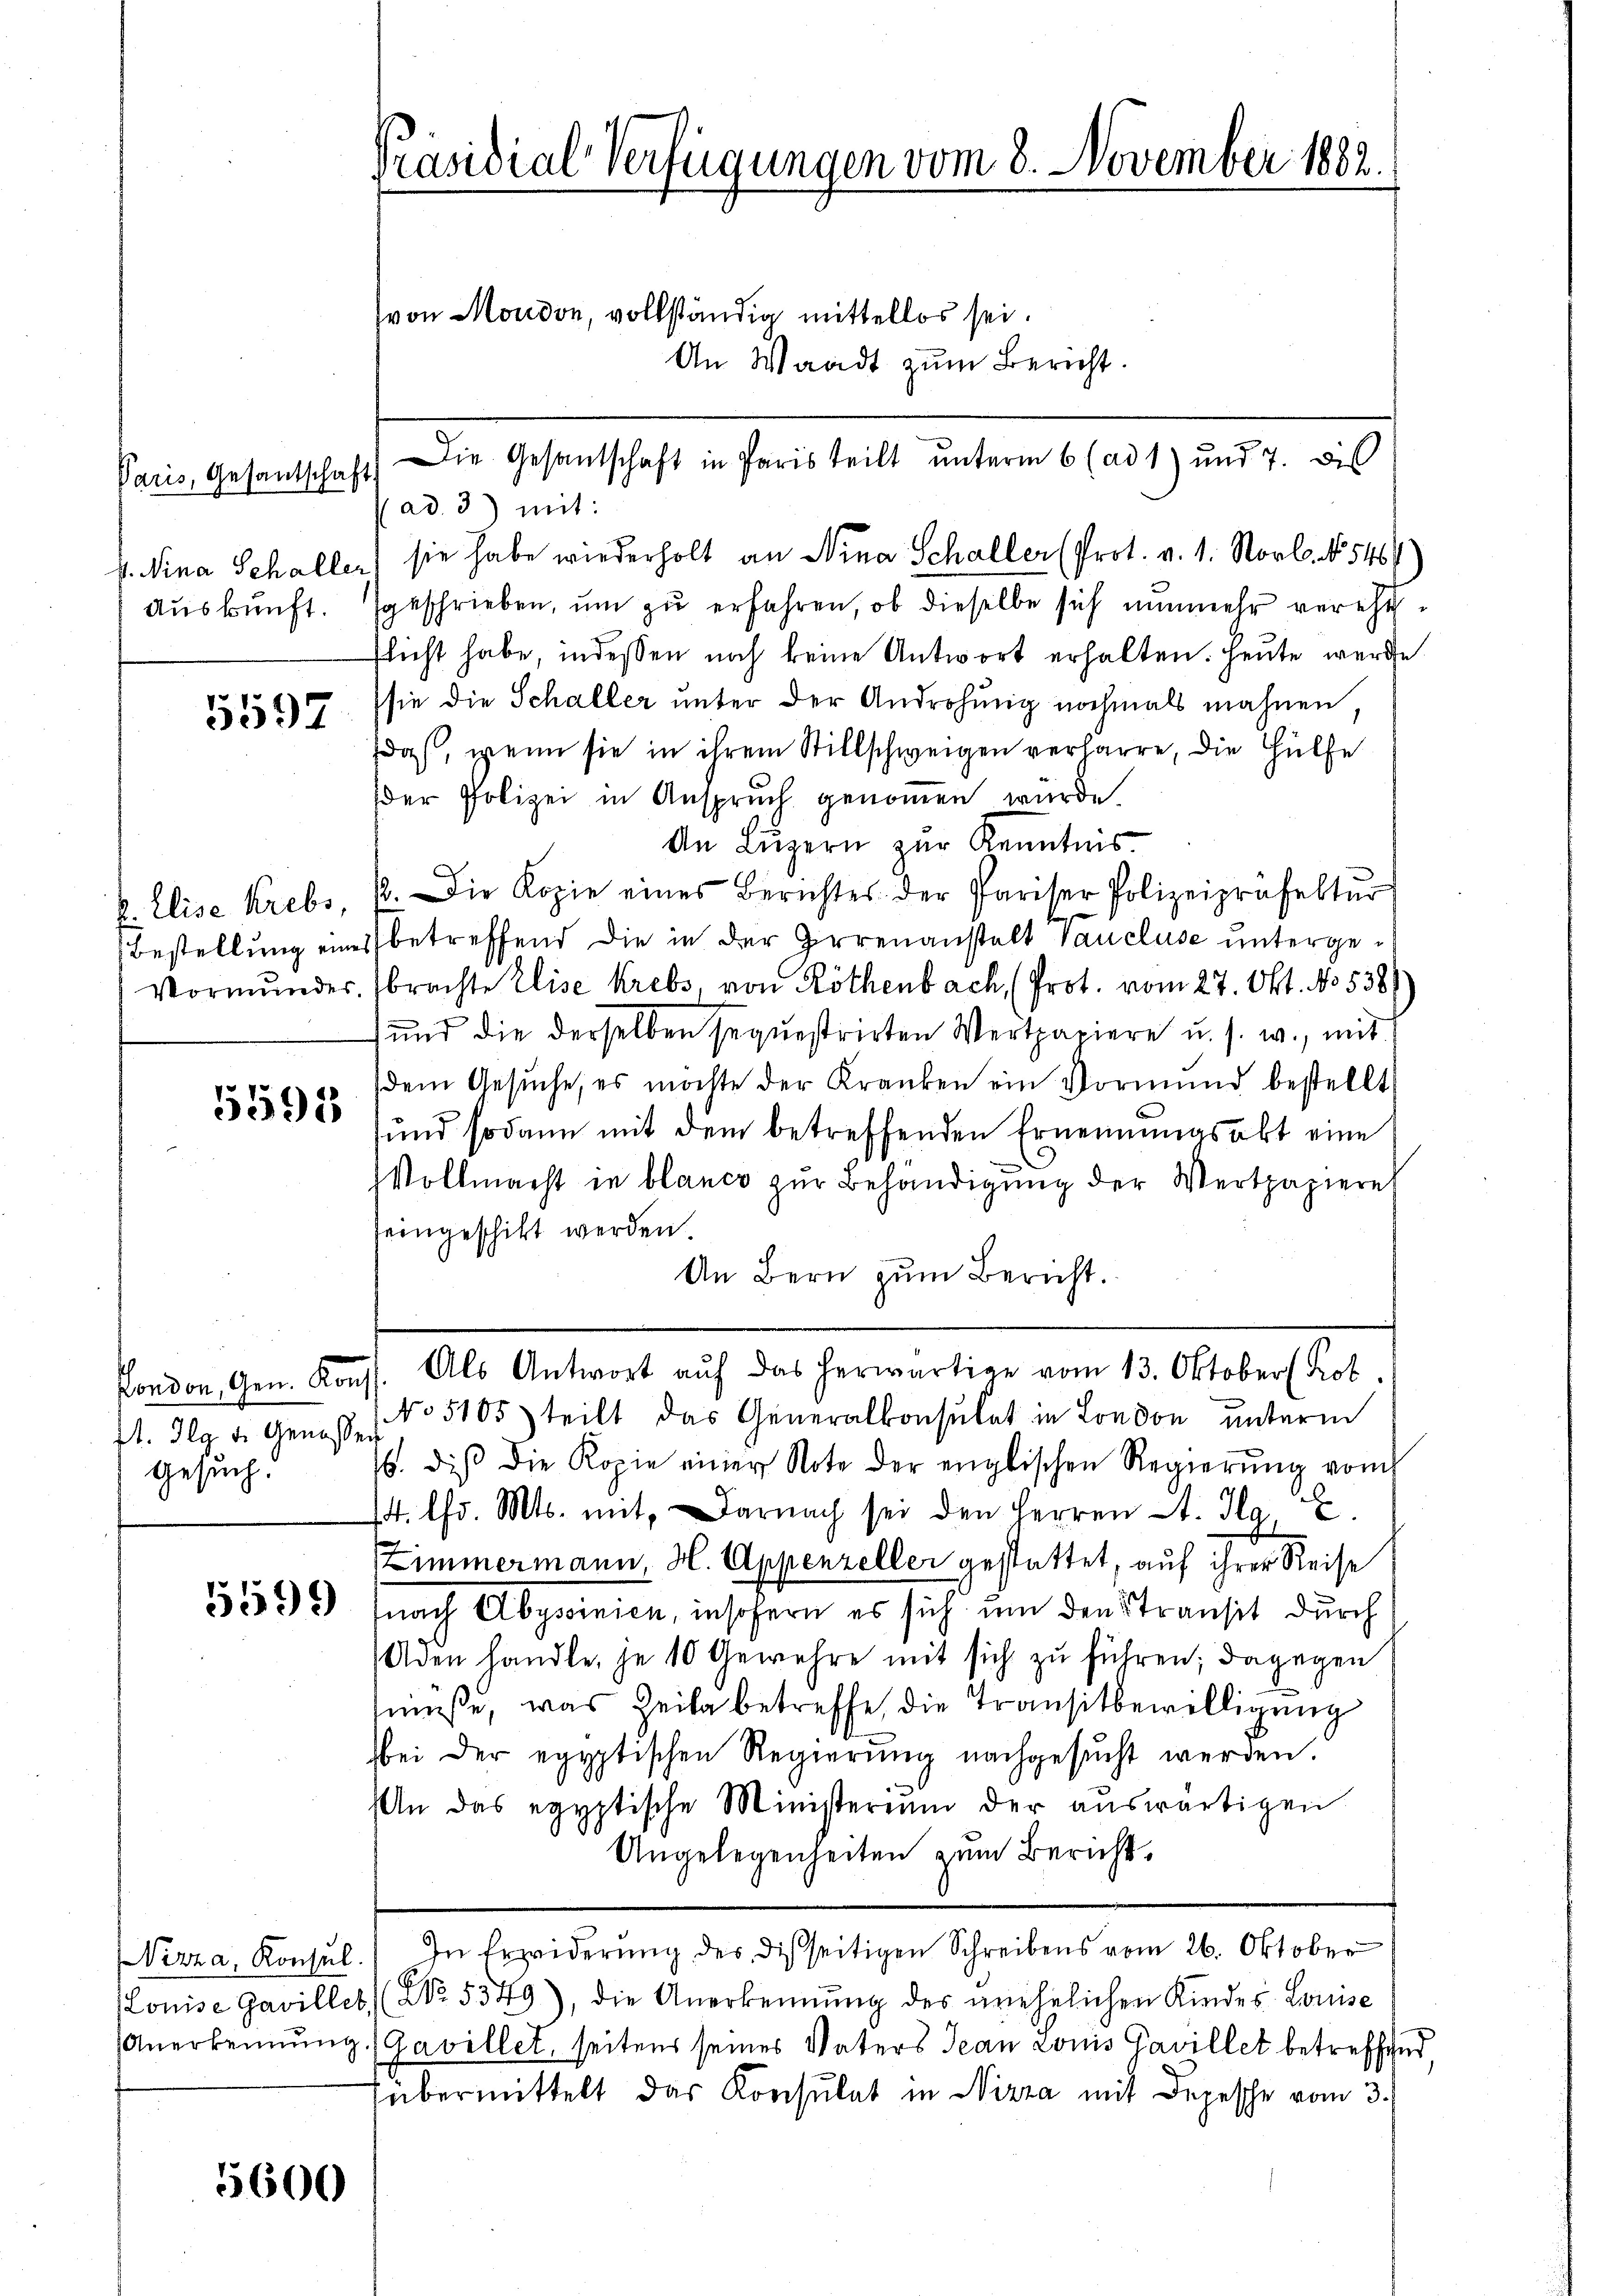
Paris, Gesantschaft
Auskunft.

5597

x. Elise Krebs,
Bestellung ein
Vormundes

1597

ft. Ilg d. Genossen
Gesuch.

5599

Nizza, Konsul

5600

Präsidial-Verfügungen vom 8. November 1882.

Die Gesantschaft in Paris teilt unterm 6 (ad 1) und 7. dis
(ad. 3) mit:
f. Sina Schaller) sie habe wiederholt an Nina Schaller (Prot. v. 1. Norb. No 546)
geschrieben, um zu erfahren, ob dieselbe sich nunmehr vereheflicht habe, indessen noch keine Antwort erhalten. Heute werde
sie die Schaller unter der Androhung nochmals mahnen,
das, wenn sie in ihrem Stillschweigen verharre, die Hülfe
der Polizei in Anspruch genommen würde.
An Lŭzern zur Kenntnis.
1. Die Kopie eines Berichtes der Pariser Polizeipräfektŭr
betreffend die in der Irrenanstalt Vaucluse untergebrachte Elise Krebs, von Röthenbach, (Prot. vom 27. Okt. No 538)
)und die derselben sequestrirten Wertpapiere u. s. w., mit
dem Gesŭche, es möchte der Kranken ein Vormund bestellt
und sodann mit dem betreffenden Ernennungsakt eine
¬
Vollmacht in blance zur Behändigung der Wertpapiere
seingeschickt werden.
An Bern zum Bericht.
London, Gen. Konst. Als Antwort aŭf das herwärtige vom 13. Oktober Prof.
No5105) teilt das Generalkonsulat in London unterm
s. dies die Kopie einer Note der englischen Regierŭng vom h
14. Chr. Mts. mit Darnach sei den Herren St. g, E
Zimmermann H. Appenzeller gestattet, auf ihrer Reise
nach Abyssinien, insofern es sich um den Stransit durch
Aden handle, je 10 Gewehre mit sich zu führen; dagegen
müße, was Zeile betreffe, die Transitbewilligung
bei der egyptischen Regierŭng nachgesŭcht werden.
An das egyptische Ministerium der auswärtigen
Angelegenheiten zum Bericht.
In Erwiderung des disseitigen Schreibens vom 26. Oktober
Louise Gavilles (Nr. 5549), die Anerkennung des unehelichen Kindes Louise
Anerkennung (Gavillet, seitens seines Vaters Jean Louis Gavillet betreffend,
übermittelt das Konsulat in Nizza mit Depesche vom 3.

(von Moudon, vollständig mittellos sei.
An Waadt zum Bericht.